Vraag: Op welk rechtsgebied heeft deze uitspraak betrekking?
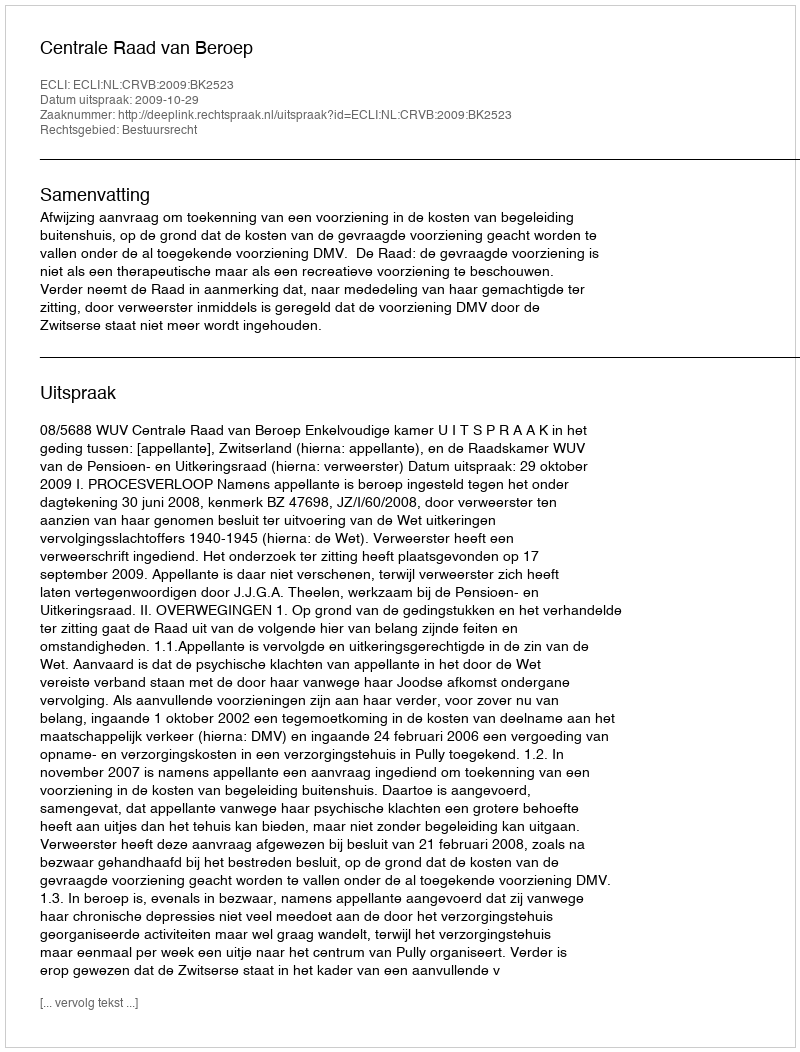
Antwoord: Bestuursrecht